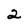
Character: 2